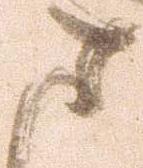
ま